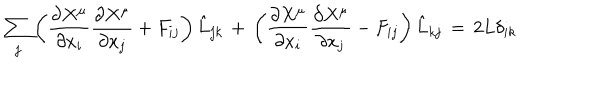
LaTeX: \sum _ { j } \left( \frac { \partial X ^ { \mu } } { \partial x _ { i } } \frac { \partial X ^ { \mu } } { \partial x _ { j } } + F _ { i j } \right) \hat { L } _ { j k } \, + \, \left( \frac { \partial X ^ { \mu } } { \partial x _ { i } } \frac { \partial X ^ { \mu } } { \partial x _ { j } } - F _ { i j } \right) \hat { L } _ { k j } \, = \, 2 L \delta _ { i k }